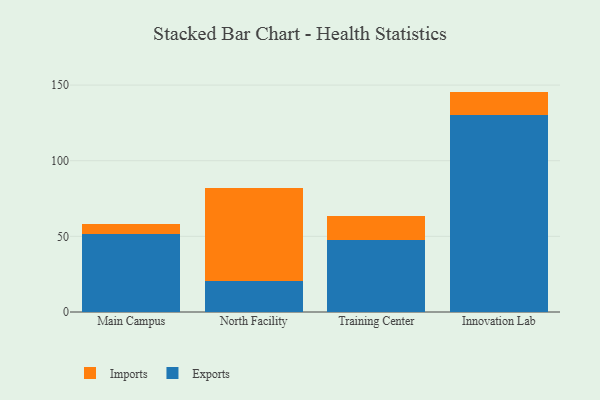
{"axis": {"x": "Campus", "y": "Budget (USD K)"}, "legend": ["Exports", "Imports"], "data": [{"x": "Main Campus", "y": 51.8, "type": "Exports"}, {"x": "Main Campus", "y": 6.1, "type": "Imports"}, {"x": "North Facility", "y": 20.2, "type": "Exports"}, {"x": "North Facility", "y": 61.6, "type": "Imports"}, {"x": "Training Center", "y": 47.5, "type": "Exports"}, {"x": "Training Center", "y": 16.2, "type": "Imports"}, {"x": "Innovation Lab", "y": 130.4, "type": "Exports"}, {"x": "Innovation Lab", "y": 15.3, "type": "Imports"}]}